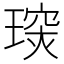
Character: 𤧪